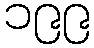
၁၉၉